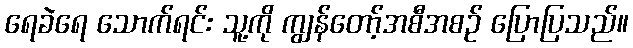
ရေခဲရေ သောက်ရင်း သူ့ကို ကျွန်တော့်အစီအစဉ် ပြောပြသည်။